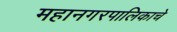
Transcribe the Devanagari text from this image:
महानगरपालिकाचे